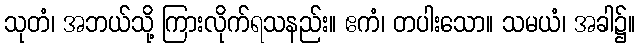
သုတံ၊ အဘယ်သို့ ကြားလိုက်ရသနည်း။ ဧကံ၊ တပါးသော။ သမယံ၊ အခါ၌။